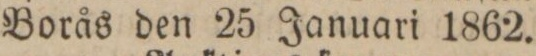
Borås den 25 Januari 1862.